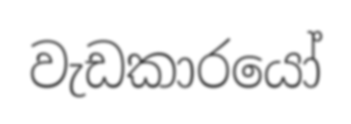
වැඩකාරයෝ